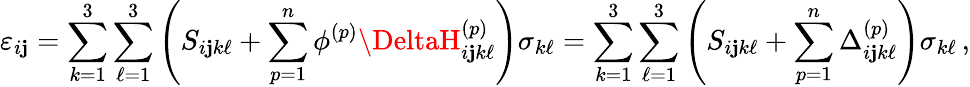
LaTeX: \varepsilon_{i\mathbf{j}}=\sum_{k=1}^{3}\sum_{\ell=1}^{3}\left(S_{i\mathbf{j}k\ell}+\sum_{p=1}^{n}\phi^{(p)}\DeltaH_{i\mathbf{j}k\ell}^{(p)}\right)\sigma_{k\ell}=\sum_{k=1}^{3}\sum_{\ell=1}^{3}\left(S_{i\mathbf{j}k\ell}+\sum_{p=1}^{n}\Delta_{i\mathbf{j}k\ell}^{(p)}\right)\sigma_{k\ell}\, ,